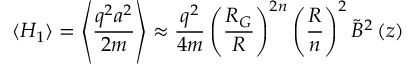
\langle H _ { 1 } \rangle = \left\langle \frac { q ^ { 2 } a ^ { 2 } } { 2 m } \right\rangle \approx \frac { q ^ { 2 } } { 4 m } \left( \frac { R _ { G } } { R } \right) ^ { 2 n } \left( \frac { R } { n } \right) ^ { 2 } \tilde { B } ^ { 2 } \left( z \right)